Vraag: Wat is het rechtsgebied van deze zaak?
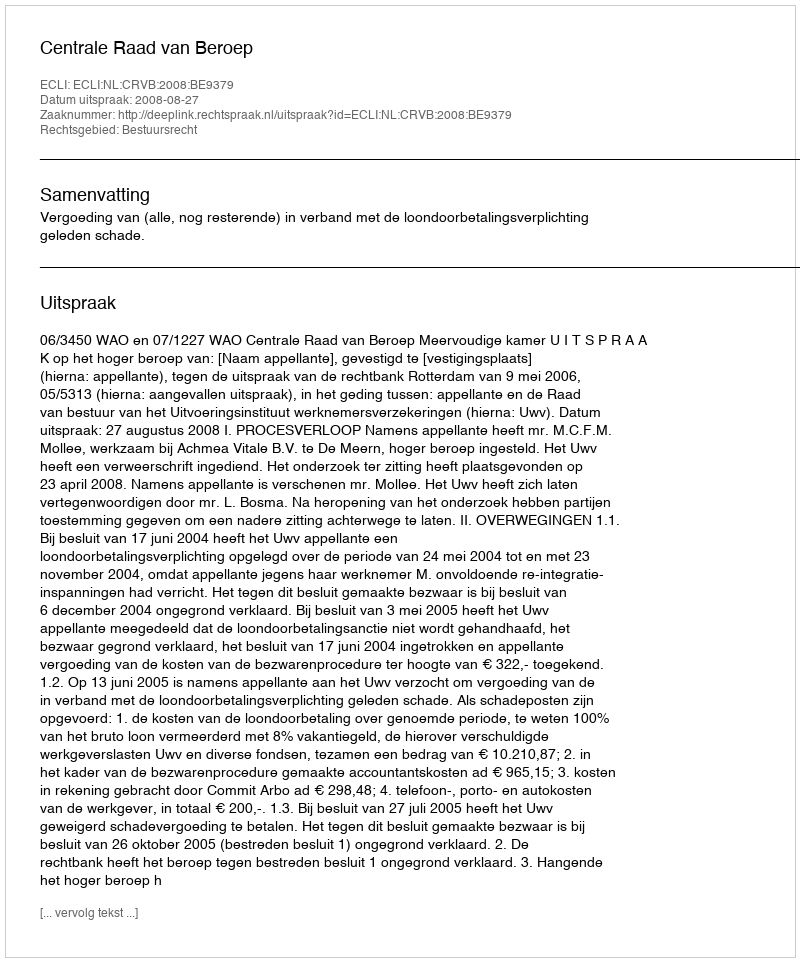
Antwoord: Bestuursrecht